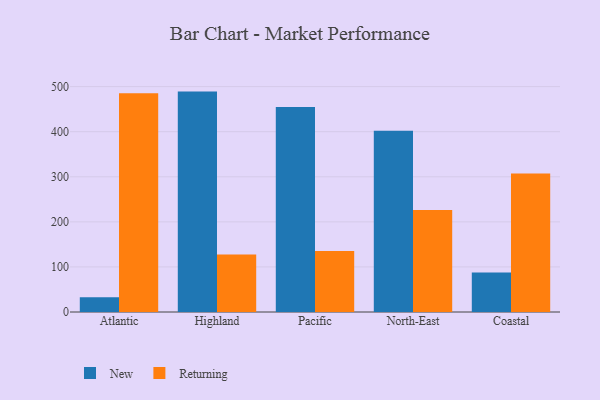
{"axis": {"x": "Region", "y": "Satisfaction Score"}, "legend": ["New", "Returning"], "data": [{"x": "Atlantic", "y": 32.6, "type": "New"}, {"x": "Atlantic", "y": 485.5, "type": "Returning"}, {"x": "Highland", "y": 489.0, "type": "New"}, {"x": "Highland", "y": 127.3, "type": "Returning"}, {"x": "Pacific", "y": 454.7, "type": "New"}, {"x": "Pacific", "y": 135.1, "type": "Returning"}, {"x": "North-East", "y": 402.0, "type": "New"}, {"x": "North-East", "y": 226.1, "type": "Returning"}, {"x": "Coastal", "y": 87.5, "type": "New"}, {"x": "Coastal", "y": 307.2, "type": "Returning"}]}